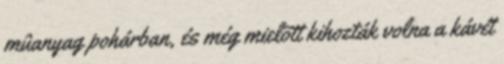
mûanyag pohárban, és még mielõtt kihozták volna a kávét